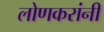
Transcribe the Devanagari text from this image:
लोणकरांनी